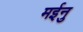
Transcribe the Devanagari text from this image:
मईनु